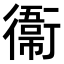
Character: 𫟙